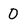
Character: 0